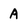
Character: A